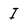
Character: I